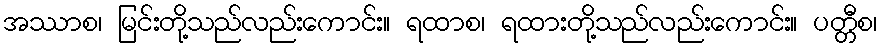
အဿာစ၊ မြင်းတို့သည်လည်းကောင်း။ ရထာစ၊ ရထားတို့သည်လည်းကောင်း။ ပတ္တီစ၊